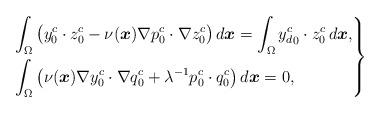
LaTeX: \begin{align*} \left.\begin{aligned} &\int_{\Omega} \big( y_0^c \cdot z_0^c - \nu(\boldsymbol{x}) \nabla p_0^c \cdot \nabla z_0^c \big)\,d\boldsymbol{x} = \int_{\Omega} {y_d^c}_0 \cdot z_0^c\,d\boldsymbol{x}, \\ &\int_{\Omega} \big( \nu(\boldsymbol{x}) \nabla y_0^c \cdot \nabla q_0^c + \lambda^{-1} p_0^c \cdot q_0^c \big)\,d\boldsymbol{x} = 0,\end{aligned}\right \rbrace\end{align*}